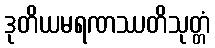
ဒုတိယမရဏဿတိသုတ္တံ